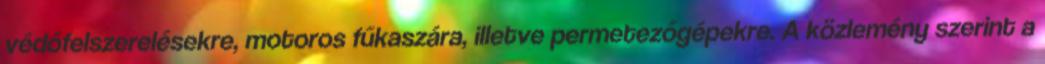
védőfelszerelésekre, motoros fűkaszára, illetve permetezőgépekre. A közlemény szerint a